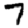
Digit: 7